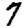
Digit: 7